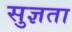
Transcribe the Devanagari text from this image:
सुज्ञता